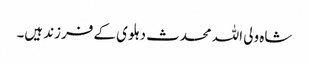
شاہ ولی اللہ محدث دہلوی کے فرزند ہیں۔